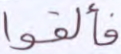
فألقوا